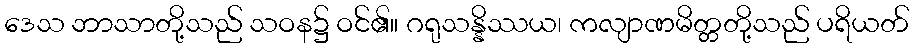
ဒေသ ဘာသာတို့သည် သဝန၌ ဝင်၏။ ဂရုသန္နိဿယ၊ ကလျာဏမိတ္တတို့သည် ပရိယတ်